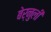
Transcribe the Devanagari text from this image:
बेर्नुली